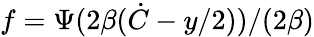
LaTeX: f=\Psi(2\beta(\dot{C}-y/2))/(2\beta)